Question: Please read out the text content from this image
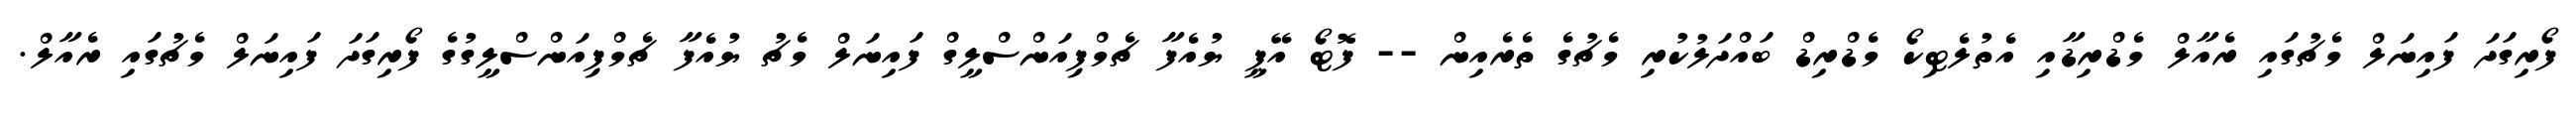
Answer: ފޯރިގަދަ ފައިނަލް މެޗުގައި ރެއާލް މެޑްރިޑާއި އެތުލެޓިކޯ މެޑްރިޑް ބައްދަލުކުރި މެޗުގެ ތެރެއިން -- ފޮޓޯ އޭޕީ ޔުއެފާ ޗެމްޕިއަންސްލީގް ފައިނަލް މެޗު ޔުއެފާ ޗެމްޕިއަންސްލީގުގެ ފޯރިގަދަ ފައިނަލް މެޗުގައި ރެއާލް.